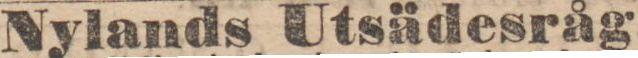
Nylands Utsädesråg,